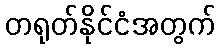
တရုတ်နိုင်ငံအတွက်